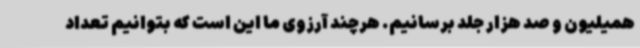
همیلیون و صد هزار جلد برسانیم. هرچند آرزوی ما این است که بتوانیم تعداد